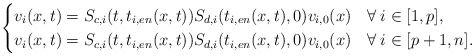
\begin{align*} \begin{cases} v_i(x,t)=S_{c,i}(t,t_{i,en}(x,t))S_{d,i}(t_{i,en}(x,t),0)v_{i,0}(x) & \forall\:i\in[1,p],\\ v_i(x,t)=S_{c,i}(t,t_{i,en}(x,t))S_{d,i}(t_{i,en}(x,t),0)v_{i,0}(x) & \forall\:i\in[p+1,n]. \end{cases} \end{align*}